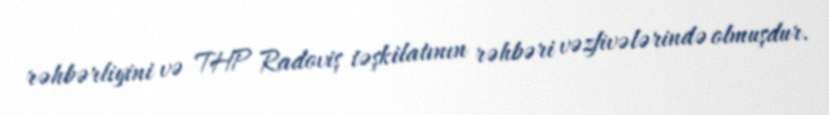
rəhbərliyini və THP Radoviş təşkilatının rəhbəri vəzfivələrində olmuşdur.